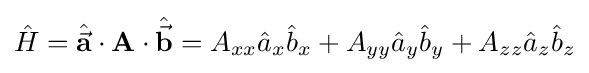
{\hat {H}}={\hat {\vec {\mathbf {a} }}}\cdot \mathbf {A} \cdot {\hat {\vec {\mathbf {b} }}}=A_{xx}{\hat {a}}_{x}{\hat {b}}_{x}+A_{yy}{\hat {a}}_{y}{\hat {b}}_{y}+A_{zz}{\hat {a}}_{z}{\hat {b}}_{z}